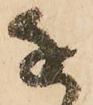
近